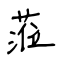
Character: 蒞